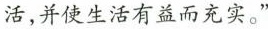
活，并使生活有益而充实。